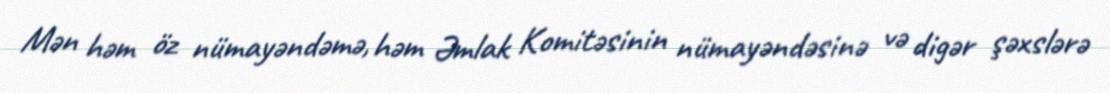
Mən həm öz nümayəndəmə, həm Əmlak Komitəsinin nümayəndəsinə və digər şəxslərə